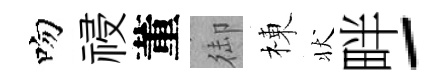
吻祲董御棟状畔-